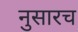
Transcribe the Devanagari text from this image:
नुसारच